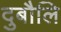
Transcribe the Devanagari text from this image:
दुबौलि